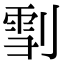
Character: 𠞯